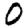
Digit: 0